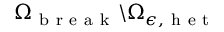
{ \Omega } _ { \mathrm { ~ b ~ r ~ e ~ a ~ k ~ } } \backslash { \Omega } _ { \epsilon , \mathrm { ~ h ~ e ~ t ~ } }